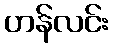
ဟန်လင်း